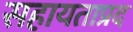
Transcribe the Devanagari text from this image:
सहायताप्रद